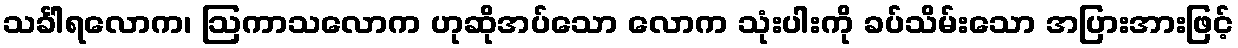
သင်္ခါရလောက၊ ဩကာသလောက ဟုဆိုအပ်သော လောက သုံးပါးကို ခပ်သိမ်းသော အပြားအားဖြင့်